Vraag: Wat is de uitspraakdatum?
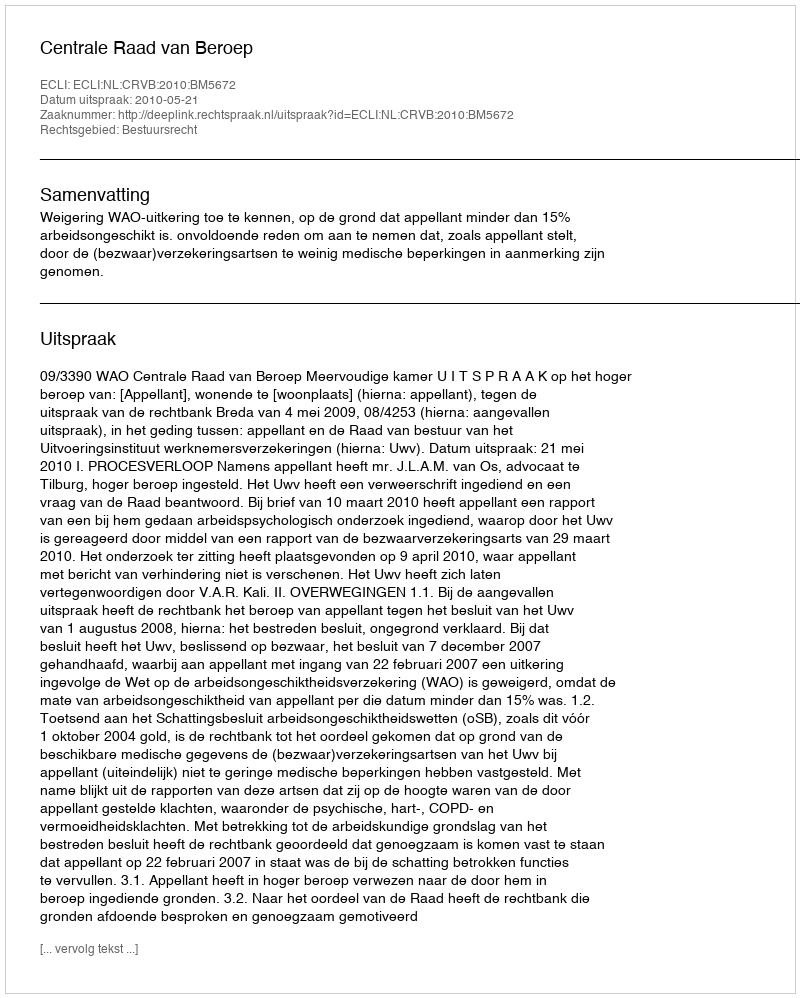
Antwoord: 2010-05-21